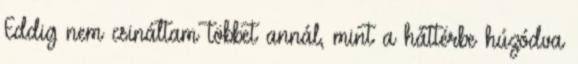
Eddig nem csináltam többet annál, mint a háttérbe húzódva